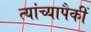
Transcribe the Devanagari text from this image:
त्यांच्यापैकीं